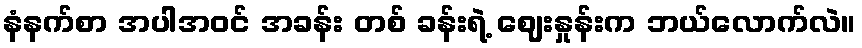
နံနက်စာ အပါအဝင် အခန်း တစ် ခန်းရဲ့ ဈေးနှုန်းက ဘယ်လောက်လဲ။